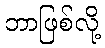
ဘာဖြစ်လို့